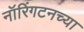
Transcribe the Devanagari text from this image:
नॉरिंगटनच्या